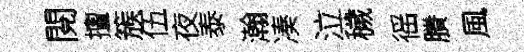
閱擅簇伍夜泰瀚凑泣穢徭賸風